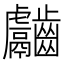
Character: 𪙿